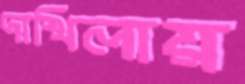
দাখিলায়